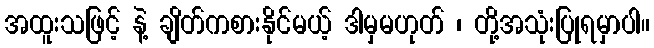
အထူးသဖြင့် နဲ့ ချိတ်ကစားနိုင်မယ့် ဒါမှမဟုတ် ၊ တို့အသုံးပြုရမှာပါ။